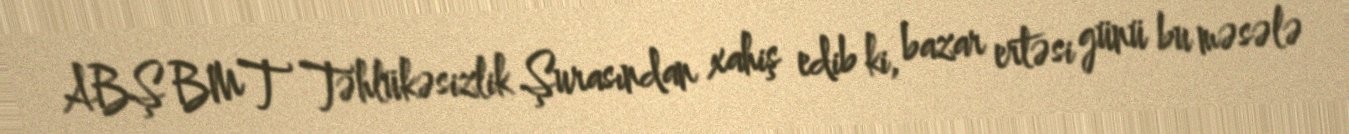
ABŞ BMT Təhlükəsizlik Şurasından xahiş edib ki, bazar ertəsi günü bu məsələ